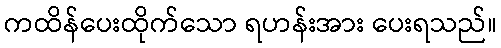
ကထိန်ပေးထိုက်သော ရဟန်းအား ပေးရသည်။